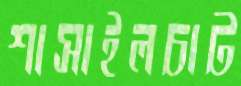
শাসাইলচাট